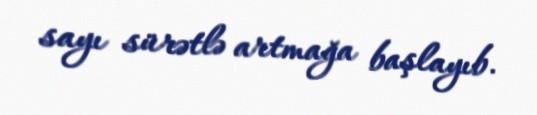
sayı sürətlə artmağa başlayıb.